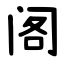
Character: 阁